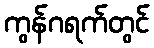
ကွန်ဂရက်တွင်